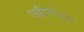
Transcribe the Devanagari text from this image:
एबीपीएस